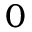
0